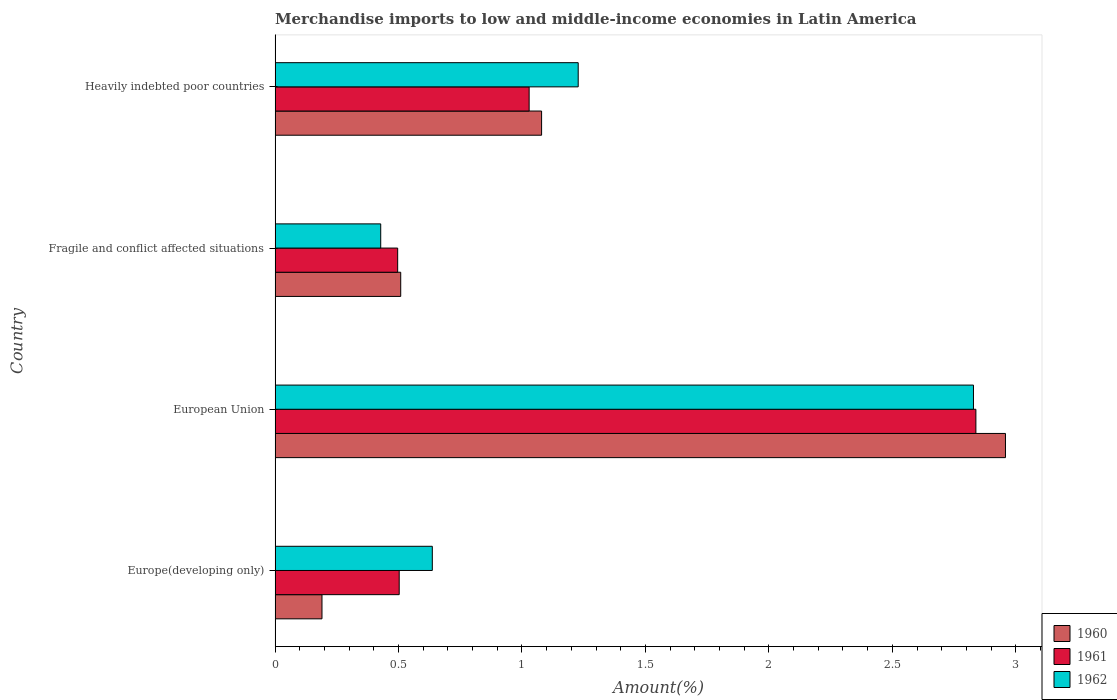
| Country | 1960 | 1961 | 1962 |
 | --- | --- | --- | --- |
 | Europe(developing only) | 0.19 | 0.503 | 0.637 |
 | European Union | 2.96 | 2.84 | 2.83 |
 | Fragile and conflict affected situations | 0.509 | 0.497 | 0.428 |
 | Heavily indebted poor countries | 1.08 | 1.03 | 1.23 |